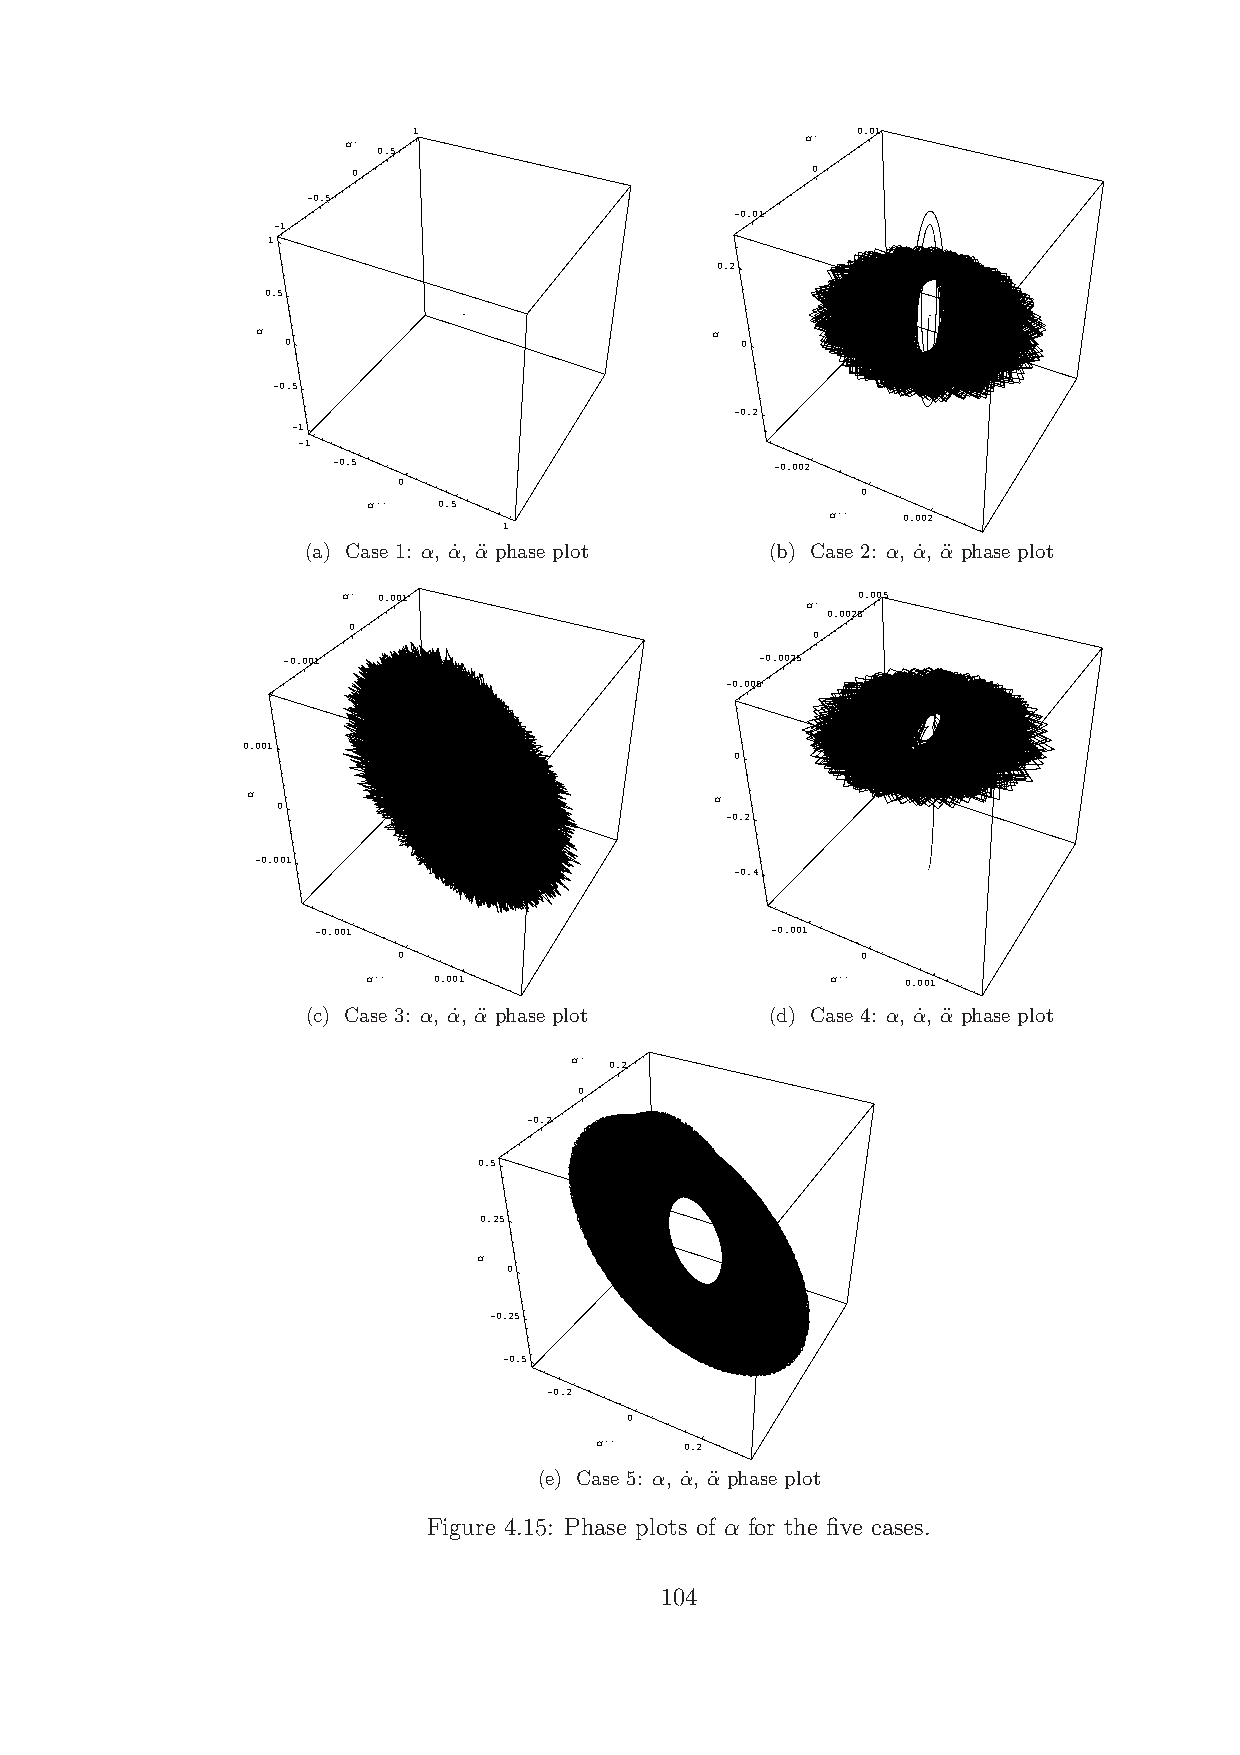
1                             00..0011
 ΑΑ''                          ΑΑ''
 00..55
 00                             00
 --00..55
 --00..0011
 --11
 1
 0.2
 0.5
 Α                             Α
 0                             0
 -0.5
 -0.2
 -1
 --11
 --00..55                     --00..000022
 00
 00
 ΑΑ'''' 00..55
 ΑΑ'''' 00..000022
 11
 (a) Case 1: α, α˙, α¨ phase plot (b) Case 2: α, α˙, α¨ phase plot
 ΑΑ'' 00..000011                   00..000055
 ΑΑ''
 00..00002255
 00
 00
 --00..000011                   --00..00002255
 --00..000055
 0.001
 0
 Α                              Α
 0
 -0.2
 -0.001
 -0.4
 --00..000011                  --00..000011
 00                             00
 ΑΑ'''' 00..000011              ΑΑ'''' 00..000011
 (c) Case 3: α, α˙, α¨ phase plot (d) Case 4: α, α˙, α¨ phase plot
 ΑΑ'' 00..22
 00
 --00..22
 0.5
 0.25
 Α
 0
 -0.25
 -0.5
 --00..22
 00
 ΑΑ'''' 00..22
 (e) Case 5: α, α˙, α¨ phase plot
 Figure 4.15: Phase plots of α for the five cases.
 104